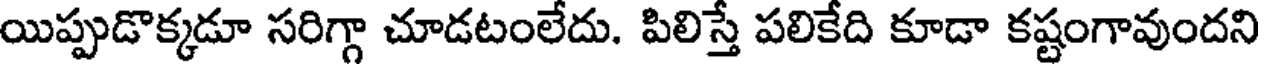
యిప్పుడొక్కడూ సరిగ్గా చూడటంలేదు. పిలిస్తే పలికేది కూడా కష్టంగావుందని